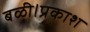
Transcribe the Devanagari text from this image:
बळी।प्रकाश